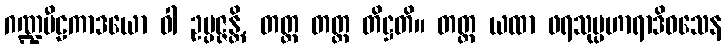
ဂဏ္ဍပီဠကာဒယော ဝါ ဥပ္ပဇ္ဇန္တိ, တတ္ထ တတ္ထ တိဋ္ဌတိ။ တတ္ထ ယထာ ဖရသုပ္ပဟာရာဒိဝသေန